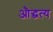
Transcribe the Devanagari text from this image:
औद्धत्य